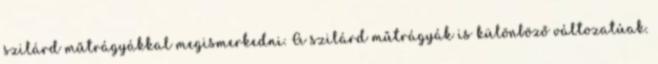
szilárd műtrágyákkal megismerkedni. A szilárd műtrágyák is különböző változatúak.